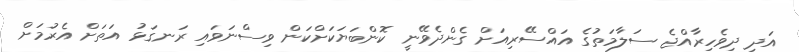
އަދި ދިވެހިރާއްޖެ ސަލާމަތުގެ އައްސޭރިއަށް ގެންދެވޭނީ ކޮންބަޔަކަށްކަން ވިސްނަވައި ރަނގަޅު އަތަށް އެރުމަށް